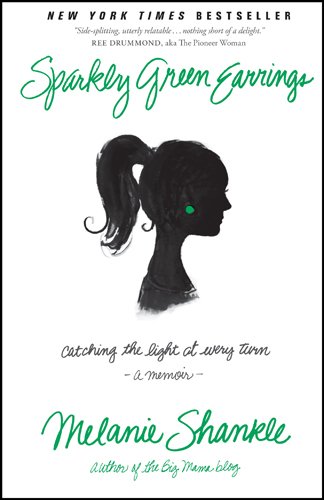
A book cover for Sparkly Green Earrings: Catching the Light at Every Turn; Melanie Shankle; Parenting & Relationships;